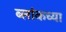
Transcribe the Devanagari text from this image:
ब्लांकच्या